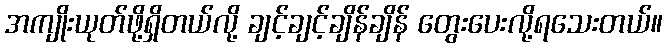
အကျိုးယုတ်ဖို့ရှိတယ်လို့ ချင့်ချင့်ချိန်ချိန် တွေးပေးလို့ရသေးတယ်။